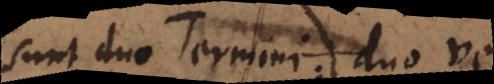
sunt duo Termini; duo vero